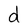
Character: d